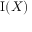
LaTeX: \operatorname { I } ( X )